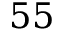
5 5